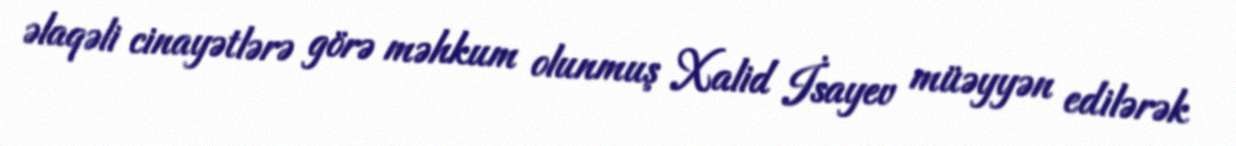
əlaqəli cinayətlərə görə məhkum olunmuş Xalid İsayev müəyyən edilərək